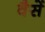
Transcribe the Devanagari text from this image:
वैसें